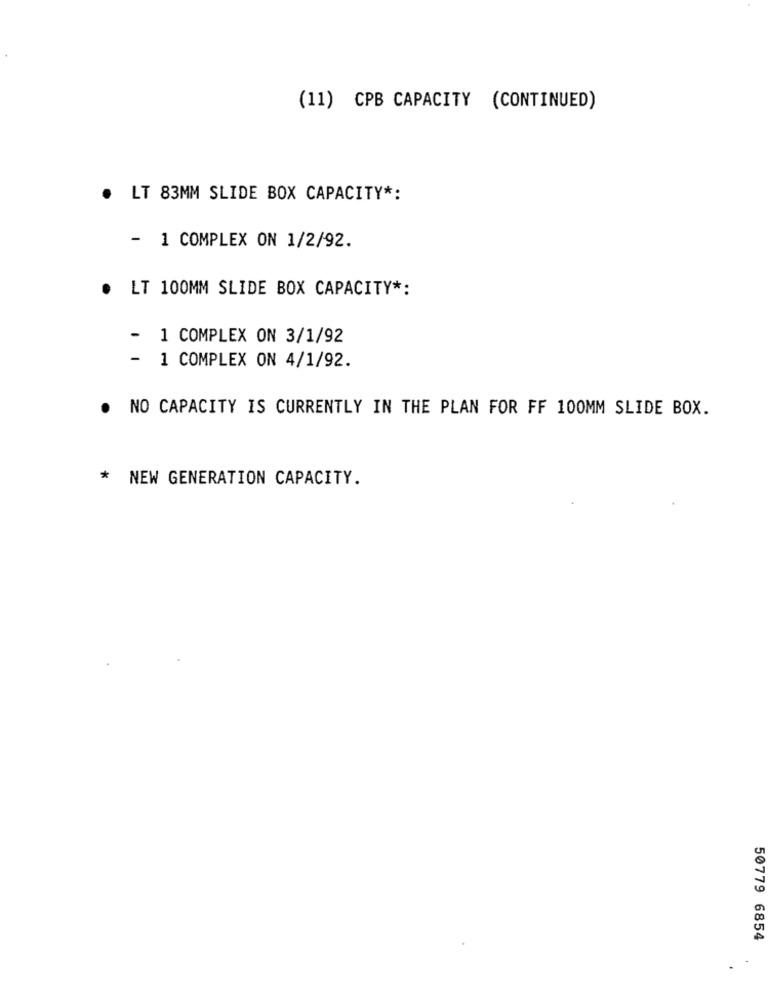
(11) CPB CAPACITY (CONTINUED)
.
LT 83MM SLIDE BOX CAPACITY *:
- 1 COMPLEX ON 1/2/92.
. LT 100MM SLIDE BOX CAPACITY *:
- 1 COMPLEX ON 3/1/92
- 1 COMPLEX ON 4/1/92.
. NO CAPACITY IS CURRENTLY IN THE PLAN FOR FF 100MM SLIDE BOX.
* NEW GENERATION CAPACITY.
50779 6854
-
.